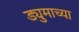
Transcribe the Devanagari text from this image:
ड्युमाच्या